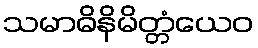
သမာဓိနိမိတ္တံယေဝ